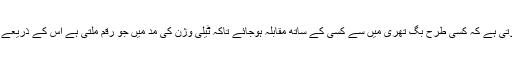
زیادہ سے زیادہ جو پی سی بی کی توجہ ہوتی ہے کہ کسی طرح بگ تھری میں سے کسی کے ساتھ مقابلہ ہوجائے تاکہ ٹیلی وژن کی مد میں جو رقم ملتی ہے اس کے ذریعے جیسے جیسے پاکستان ٹیم کو چلایا جائے۔